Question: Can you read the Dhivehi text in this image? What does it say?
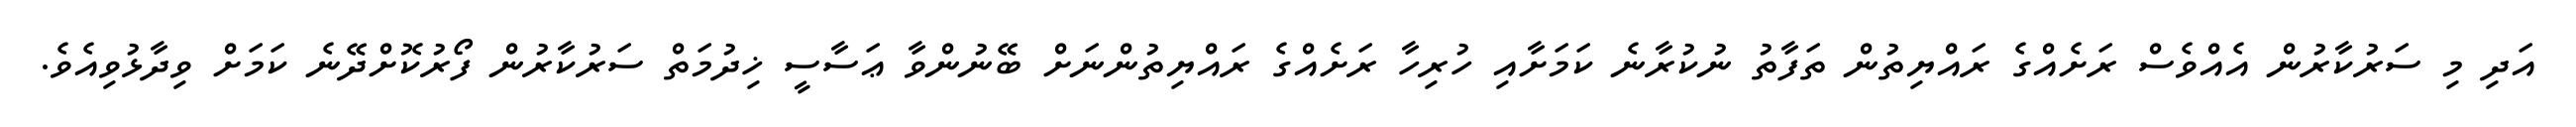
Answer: އަދި މި ސަރުކާރުން އެއްވެސް ރަށެއްގެ ރައްޔިތުން ތަފާތު ނުކުރާނެ ކަމަށާއި ހުރިހާ ރަށެއްގެ ރައްޔިތުންނަށް ބޭނުންވާ ޢަސާސީ ޚިދުމަތް ސަރުކާރުން ފޯރުކޮށްދޭނެ ކަމަށް ވިދާޅުވިއެވެ.